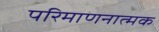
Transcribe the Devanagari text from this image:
परिमाणनात्मक